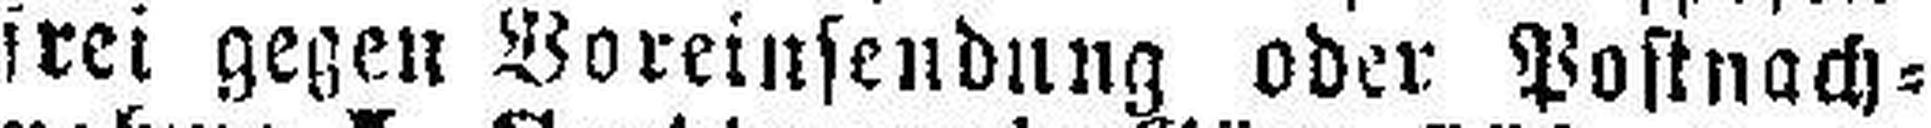
frei gegen Voreinsendung oder Postnach¬